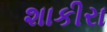
શાકીરા